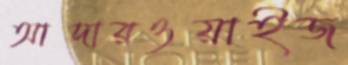
আদারওয়াইজ